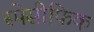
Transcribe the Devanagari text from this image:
स्पेसीफिक